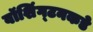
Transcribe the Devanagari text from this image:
वॉशिंग्टनकडे